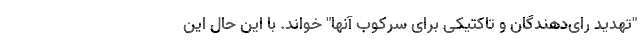
"تهدید رای‌دهندگان و تاکتیکی برای سرکوب آنها" خواند. با این حال این